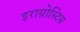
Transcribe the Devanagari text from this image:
इराग्रोस्टिस